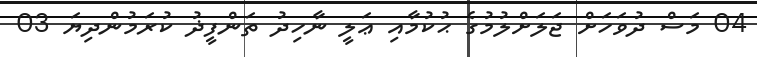
04 މަސް ދުވަހަށް ޖަލަށްލުމުގެ ޙުކުމާއި ޢަލީ ނާހިދު ތަންފީޛު ކުރަމުންދިޔަ 03